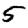
Digit: 5